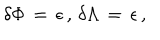
\delta \Phi \, = \, \epsilon \, , \, \delta \Lambda \, = \, \epsilon \, ,